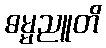
ဓမ္မညူတိ